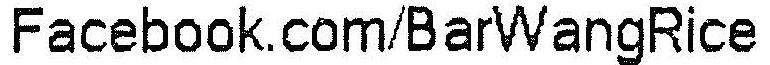
FACEBOOK.COM/BARWANGRICE